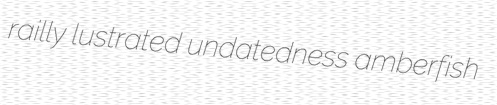
railly lustrated undatedness amberfish